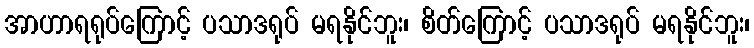
အာဟာရရုပ်ကြောင့် ပသာဒရုပ် မရနိုင်ဘူး၊ စိတ်ကြောင့် ပသာဒရုပ် မရနိုင်ဘူး၊